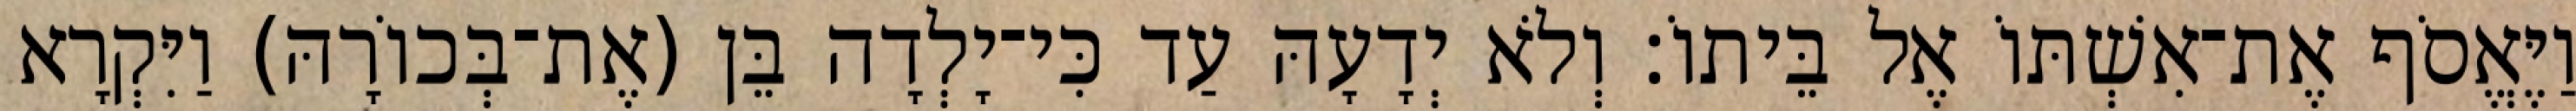
וַיֶּאֱסֹף אֶת־אִשְׁתּוֹ אֶל בֵּיתוֹ׃ וְלֹא יְדָעָהּ עַד כִּי־יָלְדָה בֵּן (אֶת־בְּכוֹרָהּ) וַיִּקְרָא